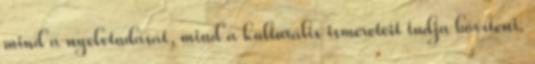
mind a nyelvtudását, mind a kulturális ismereteit tudja bővíteni.